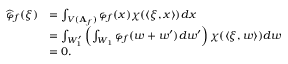
\begin{array} { r l } { \widehat { \varphi } _ { f } ( \xi ) } & { = \int _ { V ( \mathbf { A } _ { f } ) } \varphi _ { f } ( x ) \chi ( \langle \xi , x \rangle ) d x } \\ & { = \int _ { W _ { 1 } ^ { \prime } } \left( \int _ { W _ { 1 } } \varphi _ { f } ( w + w ^ { \prime } ) d w ^ { \prime } \right) \chi ( \langle \xi , w \rangle ) d w } \\ & { = 0 . } \end{array}